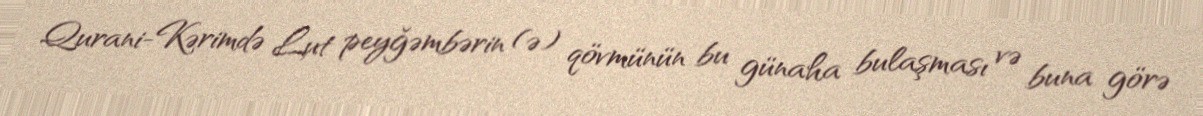
Qurani-Kərimdə Lut peyğəmbərin (ə) qövmünün bu günaha bulaşması və buna görə